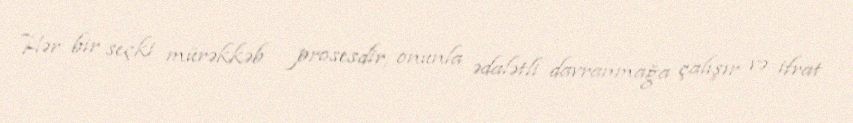
Hər bir seçki mürəkkəb prosesdir, onunla ədalətli davranmağa çalışır və ifrat